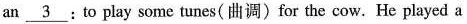
an \underline{ 3 }:to play some tunes（曲调）for the cow.He played a